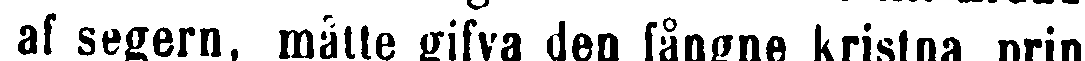
af segern, måtte gifva den fångne kristna prin